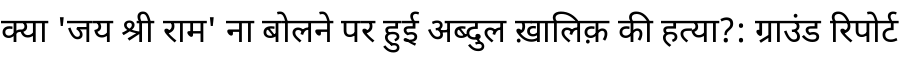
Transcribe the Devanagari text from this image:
क्या 'जय श्री राम' ना बोलने पर हुई अब्दुल ख़ालिक़ की हत्या?: ग्राउंड रिपोर्ट